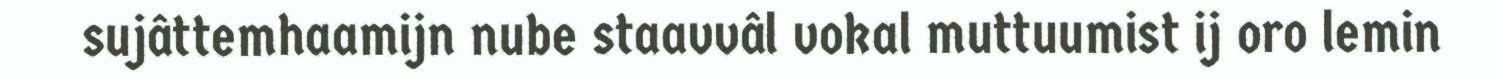
sujâttemhaamijn nube staavvâl vokal muttuumist ij oro lemin